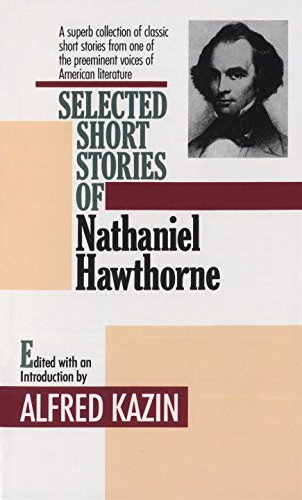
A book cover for Selected Short Stories of Nathaniel Hawthorne; Nathaniel Hawthorne; Literature & Fiction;